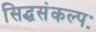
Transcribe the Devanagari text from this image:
सिद्धसंकल्पः